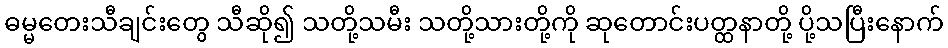
ဓမ္မတေးသီချင်းတွေ သီဆို၍ သတို့သမီး သတို့သားတို့ကို ဆုတောင်းပတ္ထနာတို့ ပို့သပြီးနောက်